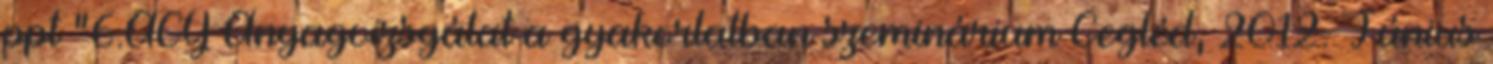
ppt "6.AGY Anyagvizsgálat a gyakorlatban szeminárium Cegléd, 2012. Június